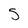
Character: 5